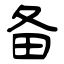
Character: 备